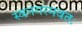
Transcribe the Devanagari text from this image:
स्वनगरमवतः